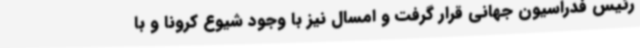
رئیس فدراسیون جهانی قرار گرفت و امسال نیز با وجود شیوع کرونا و با